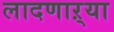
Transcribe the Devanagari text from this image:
लादणाऱ्या